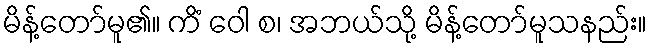
မိန့်တော်မူ၏။ ကိံ ဝေါ စ၊ အဘယ်သို့ မိန့်တော်မူသနည်း။